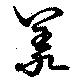
羑